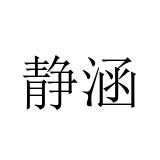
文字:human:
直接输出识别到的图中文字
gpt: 静涵